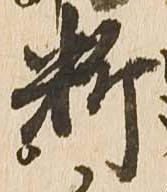
料